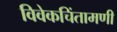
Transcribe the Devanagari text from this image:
विवेकचिंतामणी